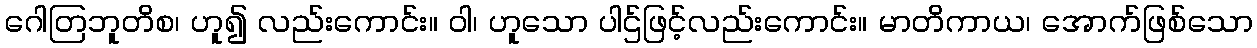
ဂေါတြဘူတိစ၊ ဟူ၍ လည်းကောင်း။ ဝါ၊ ဟူသော ပါဌ်ဖြင့်လည်းကောင်း။ မာတိကာယ၊ အောက်ဖြစ်သော